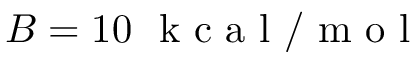
B = 1 0 \ \mathrm { ~ k ~ c ~ a ~ l ~ / ~ m ~ o ~ l ~ }